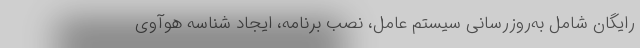
رایگان شامل به‌روزرسانی سیستم عامل، نصب برنامه، ایجاد شناسه هوآوی